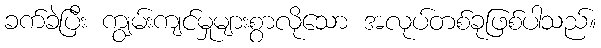
ခက်ခဲပြီး ကျွမ်းကျင်မှုများစွာလိုသော အလုပ်တစ်ခုဖြစ်ပါသည်။